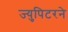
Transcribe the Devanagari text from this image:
ज्युपिटरने